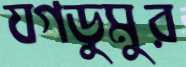
যগডুমুর